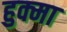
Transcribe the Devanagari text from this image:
हुक्मा